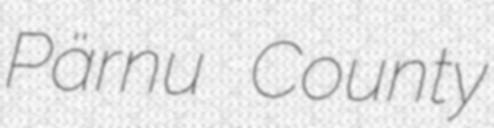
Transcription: Pärnu County